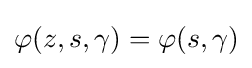
\varphi (z,s,\gamma )=\varphi (s,\gamma )